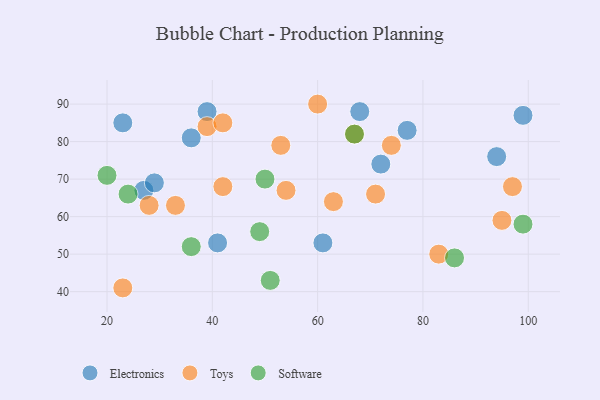
{"axis": {"x": "GDP", "y": "Life Expectancy"}, "legend": ["Electronics", "Software", "Toys"], "data": [{"x": "99", "y": 87, "type": "Electronics"}, {"x": "27", "y": 67, "type": "Electronics"}, {"x": "29", "y": 69, "type": "Electronics"}, {"x": "36", "y": 81, "type": "Electronics"}, {"x": "61", "y": 53, "type": "Electronics"}, {"x": "39", "y": 88, "type": "Electronics"}, {"x": "94", "y": 76, "type": "Electronics"}, {"x": "72", "y": 74, "type": "Electronics"}, {"x": "23", "y": 85, "type": "Electronics"}, {"x": "41", "y": 53, "type": "Electronics"}, {"x": "68", "y": 88, "type": "Electronics"}, {"x": "77", "y": 83, "type": "Electronics"}, {"x": "39", "y": 84, "type": "Toys"}, {"x": "83", "y": 50, "type": "Toys"}, {"x": "74", "y": 79, "type": "Toys"}, {"x": "42", "y": 85, "type": "Toys"}, {"x": "60", "y": 90, "type": "Toys"}, {"x": "95", "y": 59, "type": "Toys"}, {"x": "63", "y": 64, "type": "Toys"}, {"x": "33", "y": 63, "type": "Toys"}, {"x": "53", "y": 79, "type": "Toys"}, {"x": "42", "y": 68, "type": "Toys"}, {"x": "54", "y": 67, "type": "Toys"}, {"x": "71", "y": 66, "type": "Toys"}, {"x": "28", "y": 63, "type": "Toys"}, {"x": "23", "y": 41, "type": "Toys"}, {"x": "97", "y": 68, "type": "Toys"}, {"x": "67", "y": 82, "type": "Toys"}, {"x": "20", "y": 71, "type": "Software"}, {"x": "86", "y": 49, "type": "Software"}, {"x": "67", "y": 82, "type": "Software"}, {"x": "99", "y": 58, "type": "Software"}, {"x": "49", "y": 56, "type": "Software"}, {"x": "24", "y": 66, "type": "Software"}, {"x": "50", "y": 70, "type": "Software"}, {"x": "51", "y": 43, "type": "Software"}, {"x": "36", "y": 52, "type": "Software"}]}